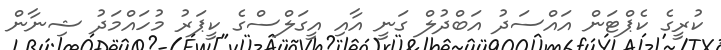
ކުރީގެ ކެޕްޓަން އައްސަދު އަބްދުލް ގަނީ އާއި އީގަލްސްގެ ކީޕަރު މުހައްމަދު ޝިނާން